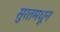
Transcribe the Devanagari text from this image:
सुरतमधून